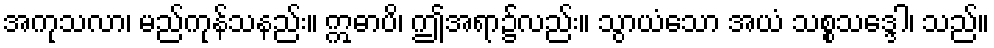
အကုသလာ၊ မည်ကုန်သနည်း။ ဣဓာပိ၊ ဤအရာ၌လည်း။ သွာယံသော အယံ သစ္စသဒ္ဒေါ၊ သည်။